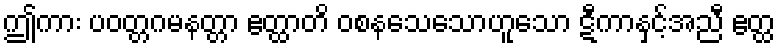
ဤကား ပဝတ္တဂမနတ္တာ ဧတ္ထာတိ ဝစနသေသောဟူသော ဋီကာနှင့်အညီ ဧတ္ထ